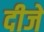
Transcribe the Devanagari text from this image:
दीजे